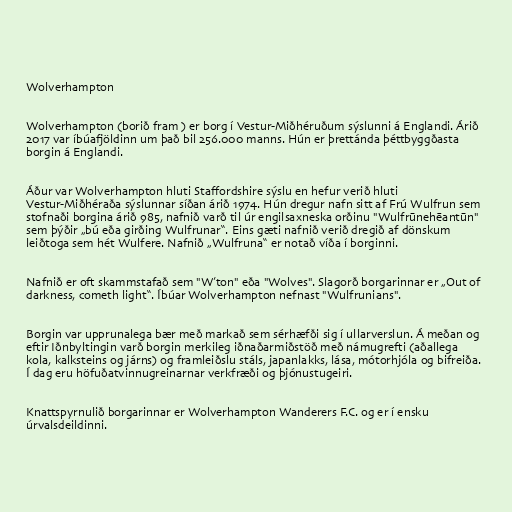
Wolverhampton

Wolverhampton (borið fram ) er borg í Vestur-Miðhéruðum sýslunni á Englandi. Árið
2017 var íbúafjöldinn um það bil 256.000 manns. Hún er þrettánda þéttbyggðasta
borgin á Englandi.

Áður var Wolverhampton hluti Staffordshire sýslu en hefur verið hluti
Vestur-Miðhéraða sýslunnar síðan árið 1974. Hún dregur nafn sitt af Frú Wulfrun sem
stofnaði borgina árið 985, nafnið varð til úr engilsaxneska orðinu "Wulfrūnehēantūn"
sem þýðir „bú eða girðing Wulfrunar“. Eins gæti nafnið verið dregið af dönskum
leiðtoga sem hét Wulfere. Nafnið „Wulfruna“ er notað víða í borginni.

Nafnið er oft skammstafað sem "W’ton" eða "Wolves". Slagorð borgarinnar er „Out of
darkness, cometh light“. Íbúar Wolverhampton nefnast "Wulfrunians".

Borgin var upprunalega bær með markað sem sérhæfði sig í ullarverslun. Á meðan og
eftir Iðnbyltingin varð borgin merkileg iðnaðarmiðstöð með námugrefti (aðallega
kola, kalksteins og járns) og framleiðslu stáls, japanlakks, lása, mótorhjóla og bifreiða.
Í dag eru höfuðatvinnugreinarnar verkfræði og þjónustugeiri.

Knattspyrnulið borgarinnar er Wolverhampton Wanderers F.C. og er í ensku
úrvalsdeildinni.